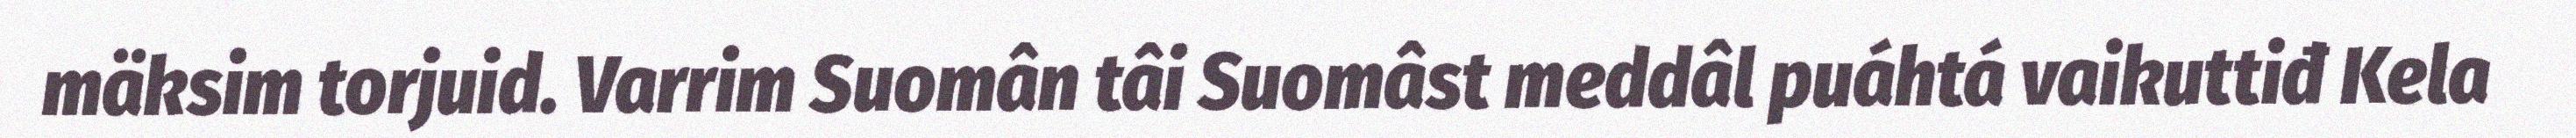
mäksim torjuid. Varrim Suomân tâi Suomâst meddâl puáhtá vaikuttiđ Kela